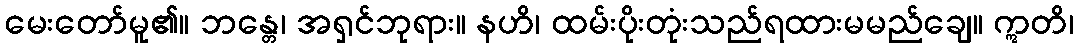
မေးတော်မူ၏။ ဘန္တေ၊ အရှင်ဘုရား။ နဟိ၊ ထမ်းပိုးတုံးသည်ရထားမမည်ချေ။ ဣတိ၊